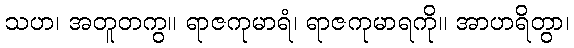
သဟ၊ အတူတကွ။ ရာဇကုမာရံ၊ ရာဇကုမာရကို။ အာဟရိတွာ၊